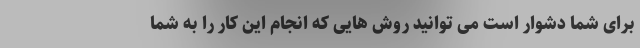
برای شما دشوار است می توانید روش هایی که انجام این کار را به شما